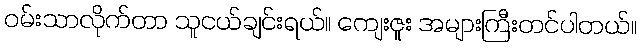
ဝမ်းသာလိုက်တာ သူငယ်ချင်းရယ်။ ကျေးဇူး အများကြီးတင်ပါတယ်။